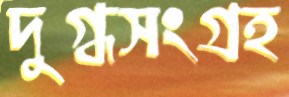
দুগ্ধসংগ্রহ